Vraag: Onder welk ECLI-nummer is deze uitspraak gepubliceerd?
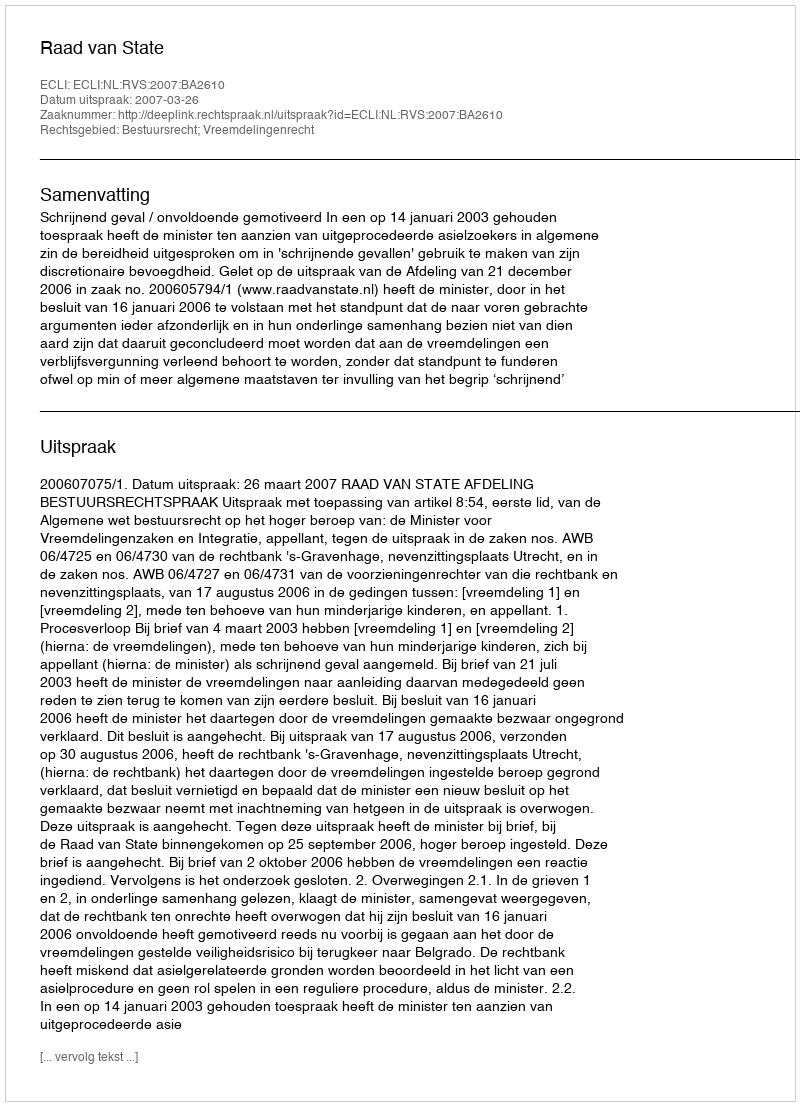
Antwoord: ECLI:NL:RVS:2007:BA2610